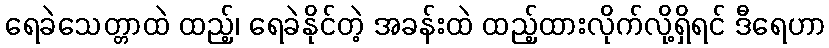
ရေခဲသေတ္တာထဲ ထည့်၊ ရေခဲနိုင်တဲ့ အခန်းထဲ ထည့်ထားလိုက်လို့ရှိရင် ဒီရေဟာ